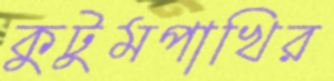
কুটুমপাখির